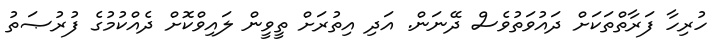
ހުރިހާ ފަރާތްތަކަށް ދައުވަތުވެސް ދޭނަން. އަދި އިތުރަށް ތީވީން ލައިވްކޮށް ދެއްކުމުގެ ފުރުޞަތު